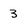
Character: 3